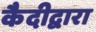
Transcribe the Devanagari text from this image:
कैदीद्वारा